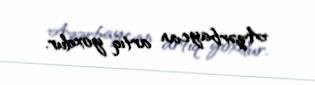
Azərbaycan artıq yoxdur.